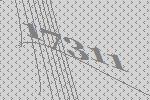
17311